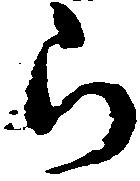
ら